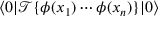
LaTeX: \langle 0 | { \mathcal { T } } \{ \phi ( x _ { 1 } ) \cdots \phi ( x _ { n } ) \} | 0 \rangle